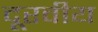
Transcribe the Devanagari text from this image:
दूरवीय